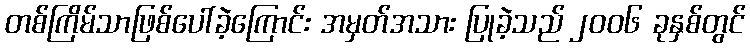
တစ်ကြိမ်သာဖြစ်ပေါ်ခဲ့ကြောင်း အမှတ်အသား ပြုခဲ့သည် ၂၀၀၆ ခုနှစ်တွင်